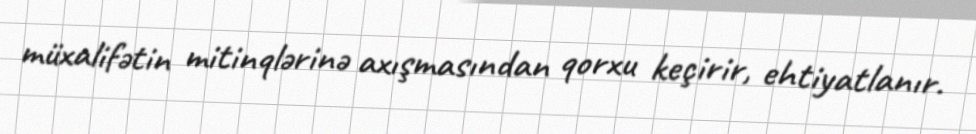
müxalifətin mitinqlərinə axışmasından qorxu keçirir, ehtiyatlanır.